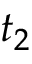
t _ { 2 }